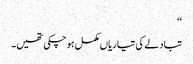
‘‘
تبادلے کی تیاریاں مکمل ہوچکی تھیں۔